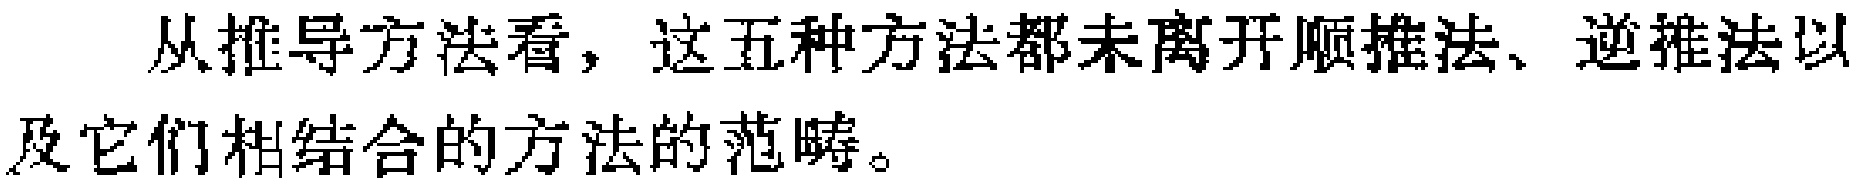
从推导方法看，这五种方法都未离开顺推法、逆推法以及它们相结合的方法的范畴。